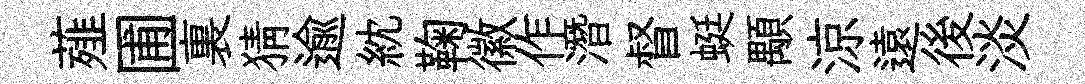
薤圃裏猜逾紞鞠徽作潛督蜓顒涼遠後淡